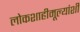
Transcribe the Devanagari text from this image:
लोकशाहीमूल्यांशी